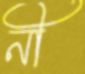
নী